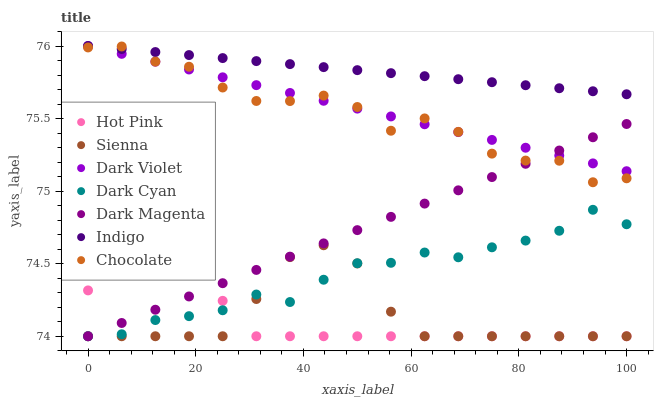
| xaxis_label | Hot Pink | Sienna | Dark Violet | Dark Cyan | Dark Magenta | Indigo | Chocolate |
 | --- | --- | --- | --- | --- | --- | --- | --- |
 | 0 | 74.3 | 74 | 76 | 74 | 74 | 76 | 76 |
 | 6.25 | 74.5 | 74 | 75.9 | 74 | 74.1 | 76 | 76 |
 | 12.5 | 74.5 | 74 | 75.9 | 74.1 | 74.2 | 76 | 75.9 |
 | 18.8 | 74.5 | 74 | 75.8 | 74.1 | 74.3 | 75.9 | 75.9 |
 | 25 | 74.2 | 74 | 75.8 | 74.2 | 74.4 | 75.9 | 75.7 |
 | 31.2 | 74 | 74.3 | 75.7 | 74.3 | 74.5 | 75.9 | 75.6 |
 | 37.5 | 74 | 74.5 | 75.7 | 74.2 | 74.5 | 75.9 | 75.6 |
 | 43.8 | 74 | 74.6 | 75.6 | 74.4 | 74.6 | 75.9 | 75.7 |
 | 50 | 74 | 74.5 | 75.6 | 74.5 | 74.7 | 75.8 | 75.6 |
 | 56.2 | 74 | 74.2 | 75.5 | 74.5 | 74.8 | 75.8 | 75.4 |
 | 62.5 | 74 | 74 | 75.5 | 74.6 | 74.9 | 75.8 | 75.5 |
 | 68.8 | 74 | 74 | 75.4 | 74.5 | 75 | 75.8 | 75.4 |
 | 75 | 74 | 74 | 75.4 | 74.6 | 75.1 | 75.8 | 75.3 |
 | 81.2 | 74 | 74 | 75.3 | 74.7 | 75.2 | 75.7 | 75.2 |
 | 87.5 | 74 | 74 | 75.2 | 74.7 | 75.3 | 75.7 | 75.2 |
 | 93.8 | 74 | 74 | 75.2 | 74.9 | 75.4 | 75.7 | 75.1 |
 | 100 | 74 | 74 | 75.1 | 74.8 | 75.5 | 75.7 | 75.1 |